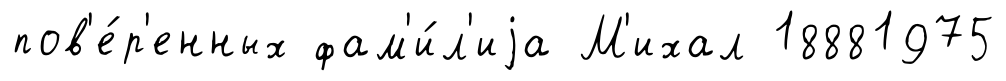
пов'е́р'енных фам'и́л'иjа М'ихал 18881975